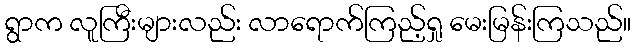
ရွာက လူကြီးများလည်း လာရောက်ကြည့်ရှု မေးမြန်းကြသည်။